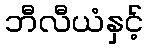
ဘီလီယံနှင့်